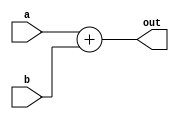
module Adder (input wire [31:0] a,input wire [31:0] b,output wire [31:0] out);
	assign out = a + b;
endmodule